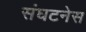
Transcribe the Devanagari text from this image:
संघटनेस